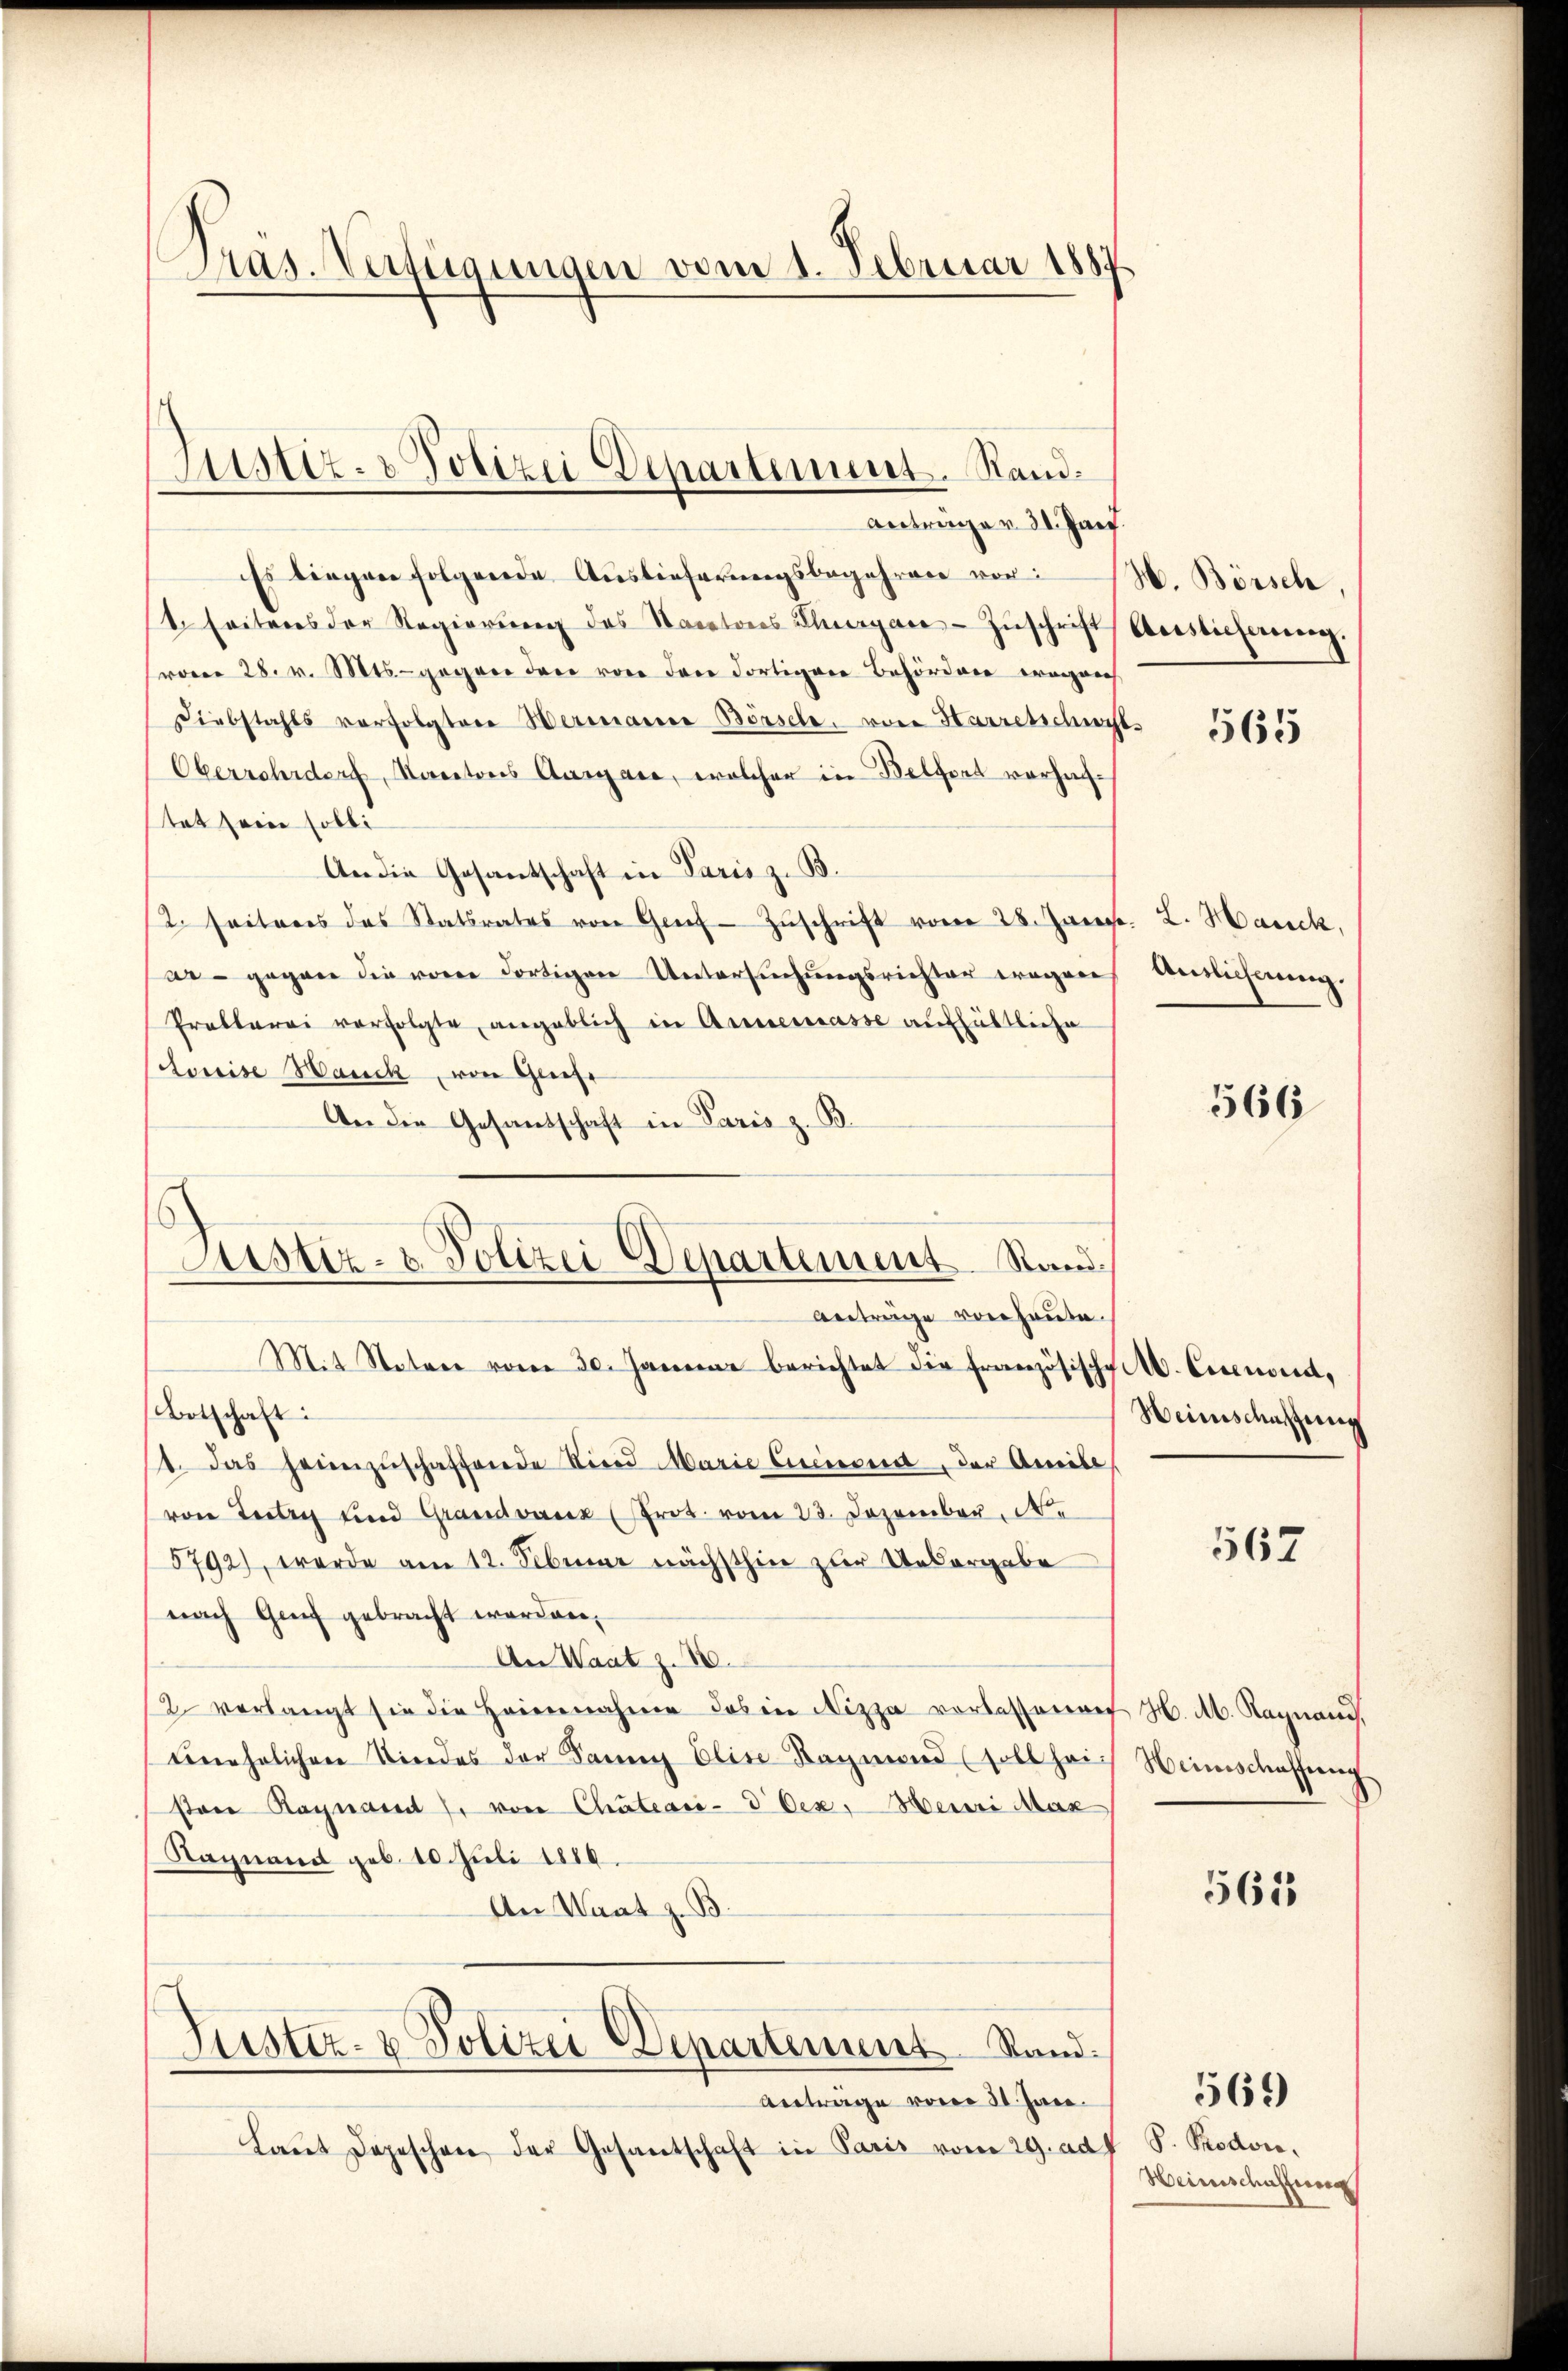
Pras. Verfügungen vom 1. Februar 1887.

Justiz- & Polizei Departement. Stand.
Anträger 21. Jan

Astiz- u. Polizei Departement Rand.
Anträge von heute.

Es liegen folgende Auslieferungsbegehren vor:
1. Seiteres der Regierŭng des Saratons Thurgare Zuschrift
(vom 28. v. Mts. gegen den von den dortigen Behörden errich
Diebstahls vorfolgten Wermanne Börsehe, von Harretschicht
Oberrchdorf, Kantons Aargare, welcher in Belfort versachtat sein solli
An die Gesantschaft in Paris z. B.
(2. Seiteres des Statsrates von Geif- Zŭschrift vom 28. Jan
ar - gegen die von dortigen Untersuchungsrichter wegen
Problerei verfolgte angeblich in Annemasse aufhältliche
Louise Hanck, von Griese
An die Gesandschaft in Paris z. B
Mit Statuer vom 30. Januar berichtet die französische A. Eisenord¬
Botschaft:
1. das heimzŭschaffende Viert Marie Circierend, der Ameile
von Lectris und Grandvacek (Prot. vom 23. Dezember. .
5792), werde am 12. Februar nächsthin zur Uebergabe
nach Genf gebracht worden,
An Waatz. 10.
2 verlangt sie die Heinnahme des in Nizza vorbessenen H. M. Ragnand,
Enehrlichen Kindes der Sanen Elise Hagmand soll hei-
ston Ragnant J. von Chateaci-d Oex. Heinri Max
Nagnand geb. 10. Juli 1810.
An Saat z. B
Justiz- & Polizei Departement Stand.
Antrage vom 30. Jan.
Laŭt Depeschen der Gesantschaft in Paris vom 29. ad

H. Börsch,
Auslieferung.

565

. L. Hanck,
Auslichnung.

566

Heimischen eing

567

Heimschaffung

565

S. Podon.
Weinschaffung

569